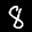
Label: 8